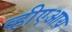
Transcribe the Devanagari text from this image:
व्हीएआय